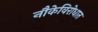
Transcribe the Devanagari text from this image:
नौकेविरोधात